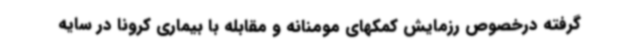
گرفته درخصوص رزمایش کمکهای مومنانه و مقابله با بیماری کرونا در سایه